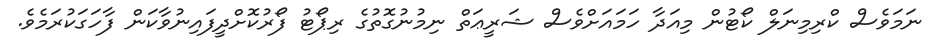
ނަމަވެސް ކްރިމިނަލް ކޯޓުން މިއަދާ ހަމައަށްވެސް ޝަރީޢަތް ނިމުނުގޮތުގެ ރިޕޯޓު ފޯރުކޮށްދީފައިނުވާކަން ފާހަގަކުރަމެވެ.